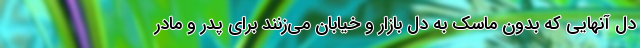
دل آنهایی که بدون ماسک به دل بازار و خیابان می‌زنند برای پدر و مادر